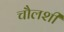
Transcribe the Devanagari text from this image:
चौलशी